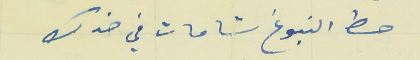
حط النبوغ شامات في خدك